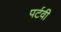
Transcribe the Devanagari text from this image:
पर्टवी